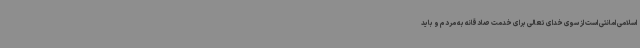
اسلامی امانتی است از سوی خدای تعالی برای خدمت صادقانه به مردم و باید